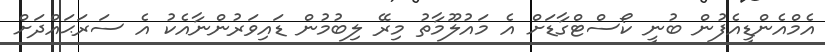
އެމްއެންޑީއެފުން ބުނީ ކޯސްޓްގާޑަށް އެ މައުލޫމާތު މިރޭ ލިބުމުން ޑައިވަރުންނާއެކު އެ ސަރަޙައްދަށް